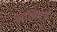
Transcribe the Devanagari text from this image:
अखियन्